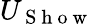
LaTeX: U_{\mathrm{~S~h~o~w~}}